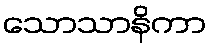
သောသာနိကာ